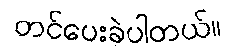
တင်ပေးခဲ့ပါတယ်။